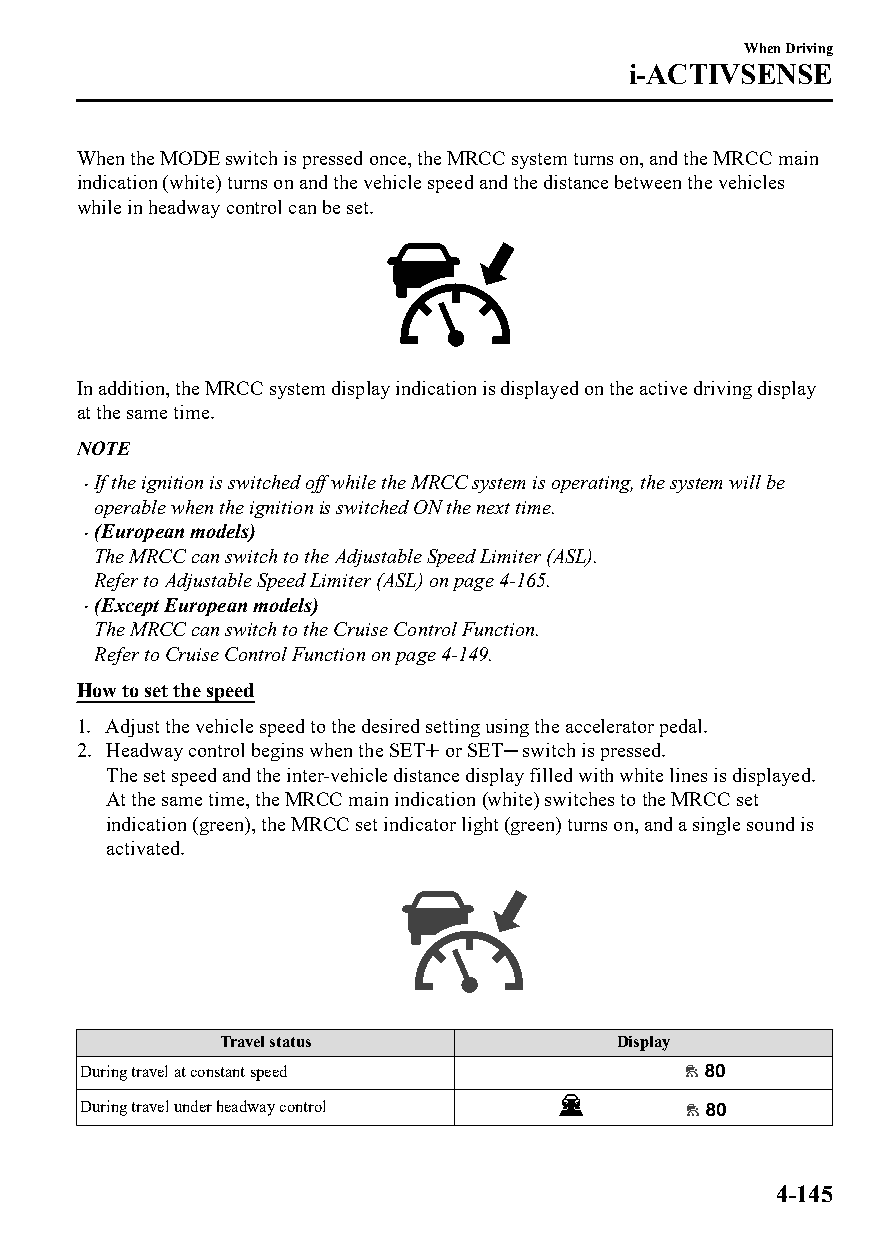
When Driving
 i-ACTIVSENSE
 When the MODE switch is pressed once, the MRCC system turns on, and the MRCC main
 indication (white) turns on and the vehicle speed and the distance between the vehicles
 while in headway control can be set.
 In addition, the MRCC system display indication is displayed on the active driving display
 at the same time.
 NOTE
 If the ignition is switched off while the MRCC system is operating, the system will be
 
 operable when the ignition is switched ON the next time.
 (European models)
 
 The MRCC can switch to the Adjustable Speed Limiter (ASL).
 Refer to Adjustable Speed Limiter (ASL) on page 4-165.
 (Except European models)
 
 The MRCC can switch to the Cruise Control Function.
 Refer to Cruise Control Function on page 4-149.
 How to set the speed
 1. Adjust the vehicle speed to the desired setting using the accelerator pedal.
 2. Headway control begins when the SET or SET switch is pressed.
 The set speed and the inter-vehicle distance display filled with white lines is displayed.
 At the same time, the MRCC main indication (white) switches to the MRCC set
 indication (green), the MRCC set indicator light (green) turns on, and a single sound is
 activated.
 Travel status              Display
 During travel at constant speed
 During travel under headway control
 4-145
 CX-3_8GT4-EE-18D_Edition4                  2018-9-6 18:32:19